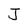
Character: J